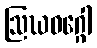
ဩဃဝဂ္ဂေါ